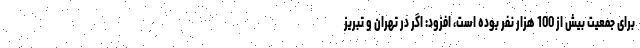
برای جمعیت بیش از 100 هزار نفر بوده است، افزود: اگر در تهران و تبریز